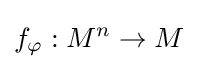
f_{\varphi }:M^{n}\to M